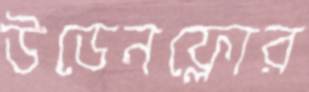
উডেনফ্লোর